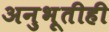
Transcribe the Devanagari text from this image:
अनुभूतीही